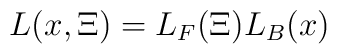
L(x,\Xi )=L_{F}(\Xi )L_{B}(x)